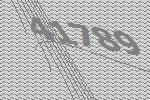
41789